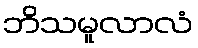
ဘိသမူလာလံ